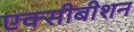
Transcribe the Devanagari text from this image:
एक्सीबीशन